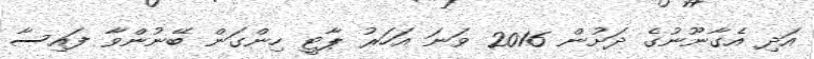
އަދި އެގާނޫނުގެ ދަށުން 2016 ވަނަ އަހަރު ޕާޓީ ހިންގަން ބޭނުންވާ ފައިސާ